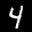
Label: 4